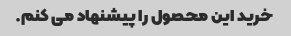
خرید این محصول را پیشنهاد می کنم.